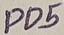
Text: PD5